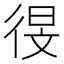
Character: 𫹗